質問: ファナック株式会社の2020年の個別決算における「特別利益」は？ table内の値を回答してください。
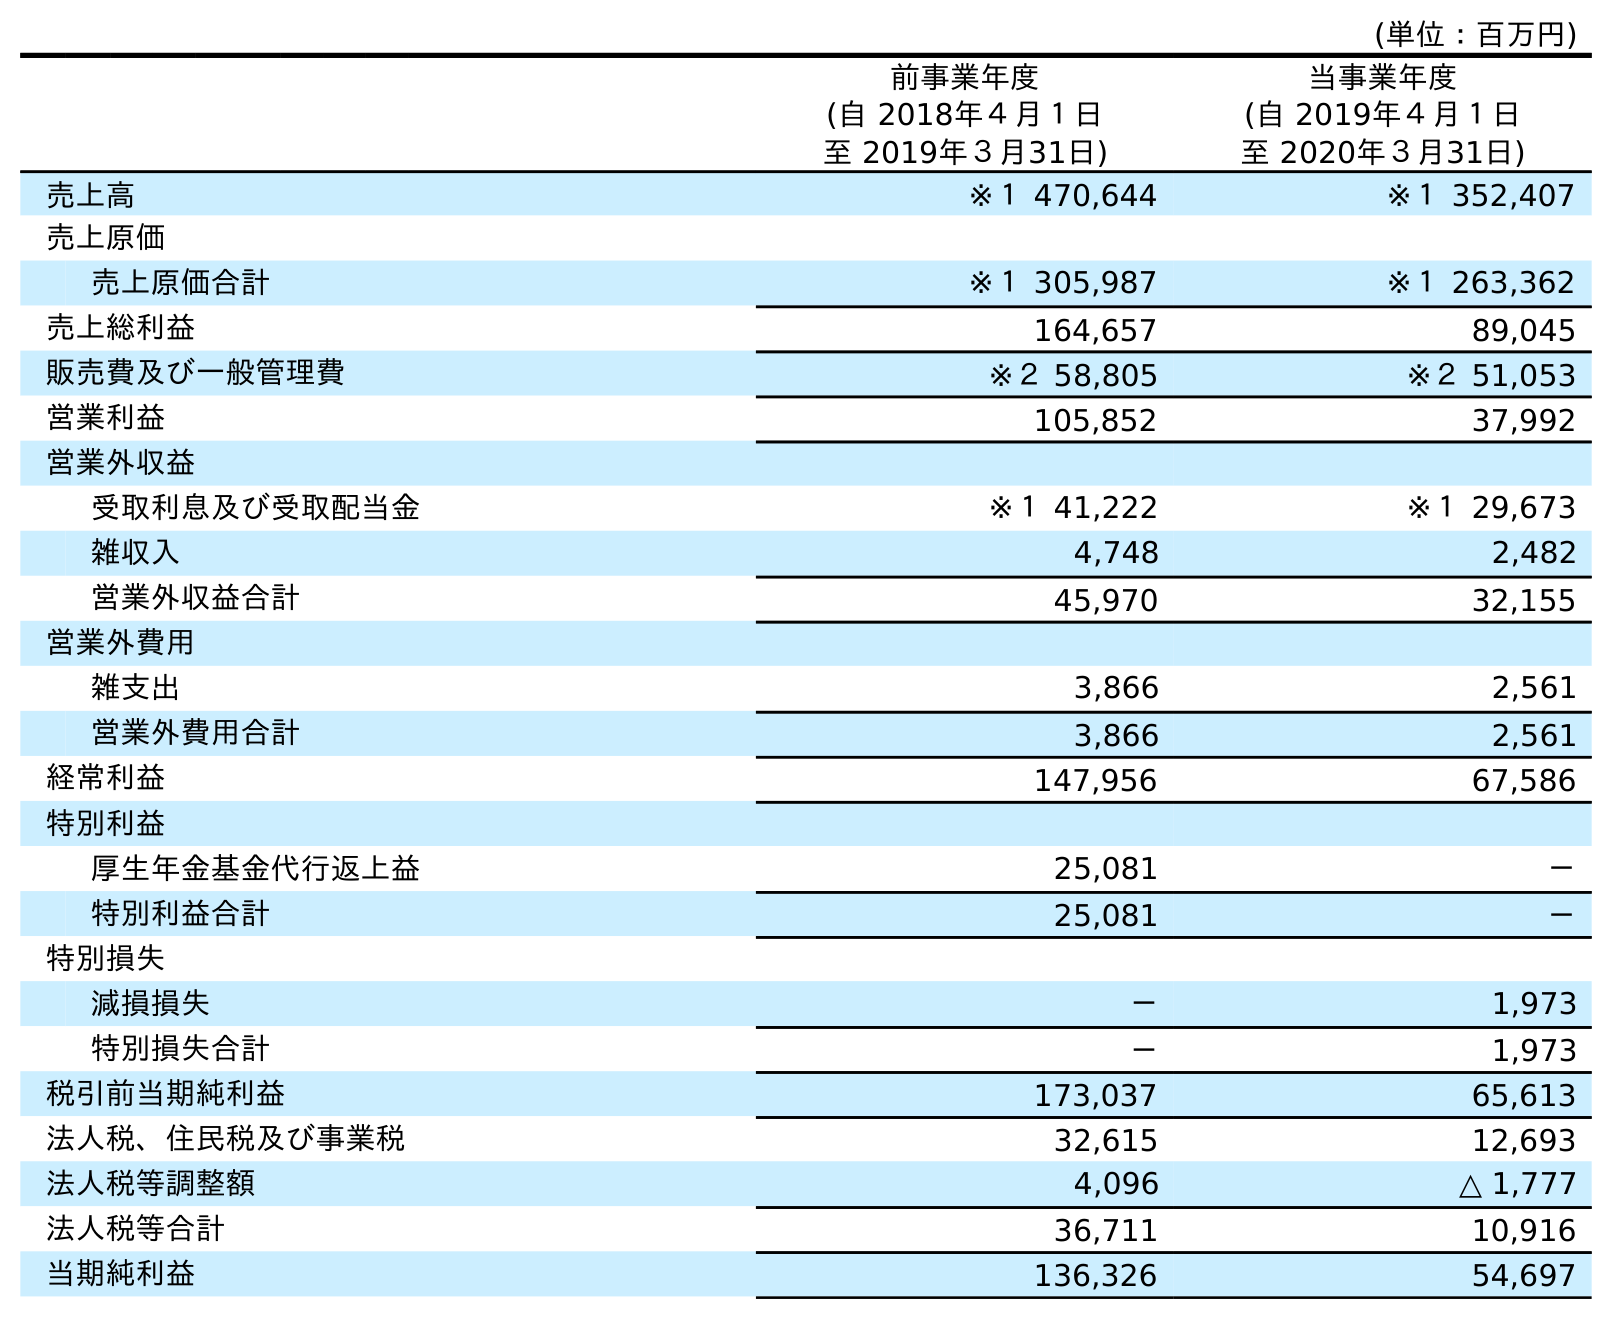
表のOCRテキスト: (単位：百万円) 前事業年度 (自 2018年４月１日 至 2019年３月31日) 当事業年度 (自 2019年４月１日 至 2020年３月31日) 売上高 ※１ 470,644 ※１ 352,407 売上原価 売上原価合計 ※１ 305,987 ※１ 263,362 売上総利益 164,657 89,045 販売費及び一般管理費 ※２ 58,805 ※２ 51,053 営業利益 105,852 37,992 営業外収益 受取利息及び受取配当金 ※１ 41,222 ※１ 29,673 雑収入 4,748 2,482 営業外収益合計 45,970 32,155 営業外費用 雑支出 3,866 2,561 営業外費用合計 3,866 2,561 経常利益 147,956 67,586 特別利益 厚生年金基金代行返上益 25,081 － 特別利益合計 25,081 － 特別損失 減損損失 － 1,973 特別損失合計 － 1,973 税引前当期純利益 173,037 65,613 法人税、住民税及び事業税 32,615 12,693 法人税等調整額 4,096 △ 1,777 法人税等合計 36,711 10,916 当期純利益 136,326 54,697
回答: －